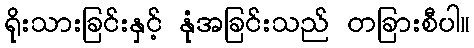
ရိုးသားခြင်းနှင့် နုံအခြင်းသည် တခြားစီပါ။